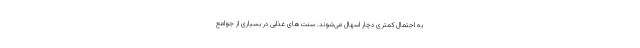
به احتمال کمتری دچار اسهال می‌شوند. سنت‌های غذایی در بسیاری از جوامع